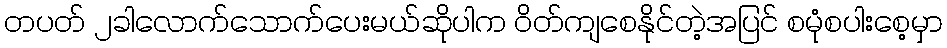
တပတ် ၂ခါလောက်သောက်ပေးမယ်ဆိုပါက ဝိတ်ကျစေနိုင်တဲ့အပြင် စမုံစပါးစေ့မှာ